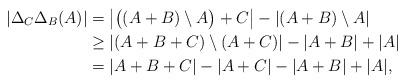
LaTeX: \begin{align*}\left|\Delta_C\Delta_B(A)\right|&=\left|\big((A+B)\setminus A\big)+C\right|- \left|(A+B)\setminus A\right| \\&\geq \left|(A+B+C)\setminus (A+C)\right|- \left|A+B\right|+\left|A \right|\\&= |A+B+C|- |A+C|- |A+B|+ |A|,\end{align*}